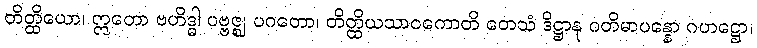
တိတ္ထိယော၊ ဣတော ဗဟိဒ္ဓါ ပဗ္ဗဇ္ဈ ပဂတော၊ တိတ္ထိယသာဝကောတိ တေသံ ဒိဋ္ဌာနု ဂတိမာပန္နော ဂဟဋ္ဌော၊